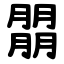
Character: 朤